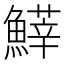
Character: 𩺵